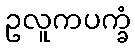
ဥလူကပက္ခံ